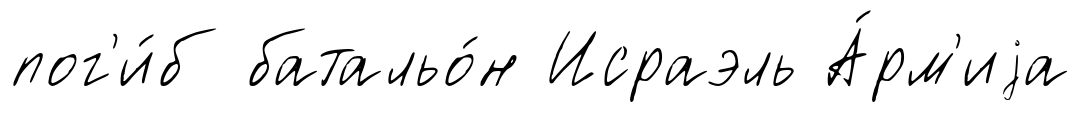
пог'и́б батальо́н Исраэль А́рм'иjа